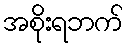
အစိုးရဘက်